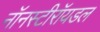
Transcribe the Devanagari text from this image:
नॉनस्टीरॉयडल